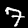
Digit: 7